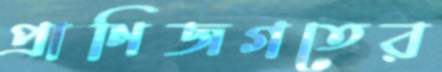
প্রাণিজগতের